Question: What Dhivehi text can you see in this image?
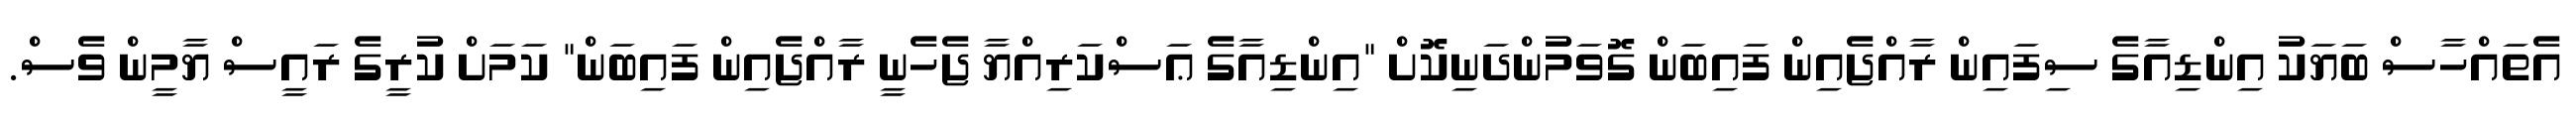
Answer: އެތައްހާސް ބަޔަކު އިންޑިއާގެ ސިފައިން ރާއްޖެއިން ފައިބަން ގޮވަމުންދަނިކޮށް "އިންޑިއާގެ ޢަސްކަރިއްޔާ ޖެހެނީ ރާއްޖެއިން ފައިބަން" ކަމަށް ކުރީގެ ރައީސް ޔާމީން ވެސް.